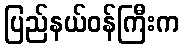
ပြည်နယ်ဝန်ကြီးက